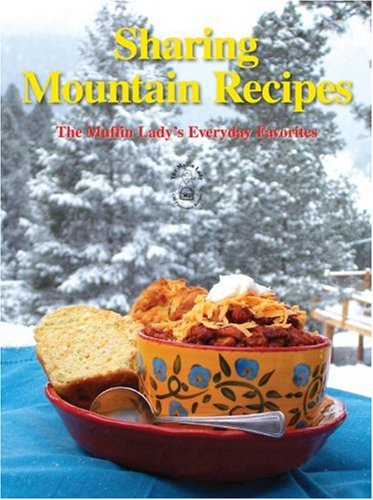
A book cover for Sharing Mountain Recipes: The Muffin Lady's Everyday Favorites; Randi Lee Levin; Cookbooks, Food & Wine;